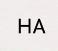
HA